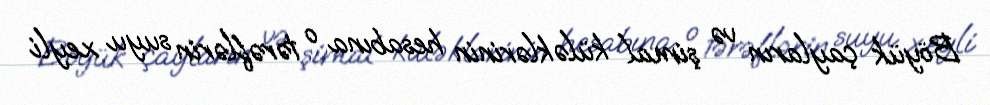
Böyük çayların və şimal küləklərinin hesabına o tərəflərin suyu xeyli